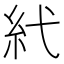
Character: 𥾐